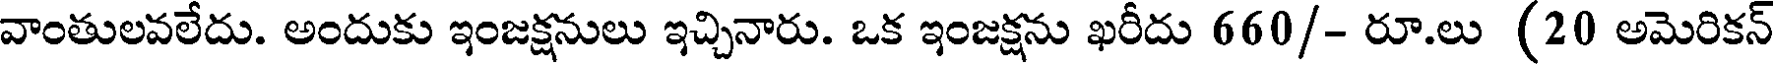
వాంతులవలేదు. అందుకు ఇంజక్షనులు ఇచ్చినారు. ఒక ఇంజక్షను ఖరీదు 660/- రూ.లు (20 అమెరికన్